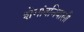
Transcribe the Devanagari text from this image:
शेगांवनिवासी